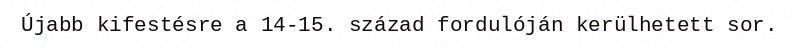
Újabb kifestésre a 14-15. század fordulóján kerülhetett sor.